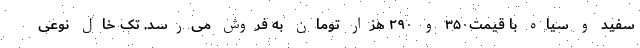
سفید و سیاه با قیمت۳۵۰ و ۲۹۰ هزار تومان به فروش می‌رسد.‌ تک خال نوعی